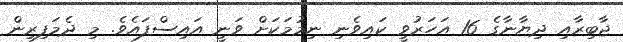
ޖާބިރާއި ދިޔާނާގެ 16 އަހަރުވީ ކައިވެނި ނިމުމަކަށް ވަނީ އައިސްފައެވެ. މި ދެމަފިރިން